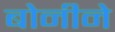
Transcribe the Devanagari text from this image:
बोनीने